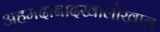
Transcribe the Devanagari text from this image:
अहमदाबादखालोखाल